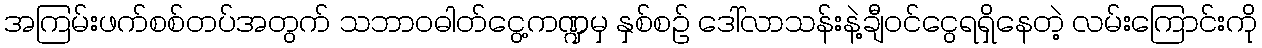
အကြမ်းဖက်စစ်တပ်အတွက် သဘာဝဓါတ်ငွေ့ကဏ္ဍမှ နှစ်စဉ် ဒေါ်လာသန်းနဲ့ချီဝင်ငွေရရှိနေတဲ့ လမ်းကြောင်းကို